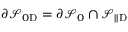
\partial \mathcal { S } _ { 0 \mathrm { D } } = \partial \mathcal { S } _ { 0 } \cap \mathcal { S } _ { | | \mathrm { D } }